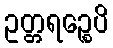
ဥတ္တရဉ္စေပိ